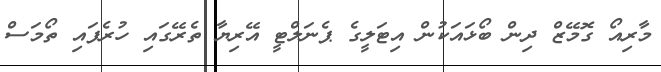
މާރިއޯ ގޮމޭޒް ދިން ބޯޅައަކުން އިޓަލީގެ ޕެނަލްޓީ އޭރިޔާ ތެރޭގައި ހުރެފައި ތޯމަސް